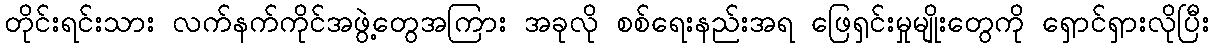
တိုင်းရင်းသား လက်နက်ကိုင်အဖွဲ့တွေအကြား အခုလို စစ်ရေးနည်းအရ ဖြေရှင်းမှုမျိုးတွေကို ရှောင်ရှားလိုပြီး